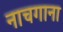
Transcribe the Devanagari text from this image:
नाचगाना